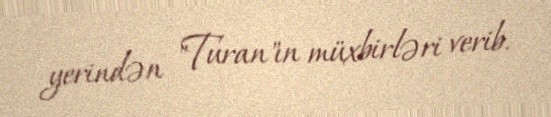
yerindən "Turan"ın müxbirləri verib.